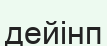
дейінп